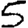
Digit: 5